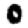
Digit: 0